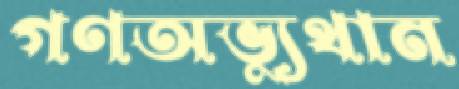
গণঅভ্যুথান